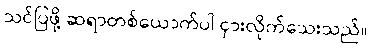
သင်ပြဖို့ ဆရာတစ်ယောက်ပါ ငှားလိုက်သေးသည်။